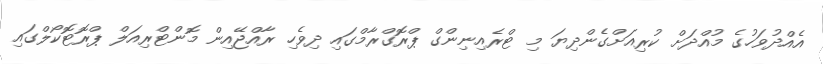
އެއްދުވަހުގެ މުއްދަށް ކުރިއަށްގެންދިޔަ މި ޓްރެއިނިންގް ޕްރޮގްރާމްގައި ދިވެހި ރާއްޖޭއިން މޮންޓްރިއަލް ޕްރޮޓޮކޯލްގައި